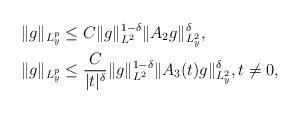
LaTeX: \begin{align*} &\| g\|_{L^p_y}\le C \|g\|_{L^2}^{1-\delta}\|A_2 g\|_{L^2_y}^\delta,\\&\| g\|_{L^p_y}\le \frac{C}{|t|^{\delta}} \|g\|_{L^2}^{1-\delta}\|A_3(t) g\|_{L^2_y}^\delta,t\not =0, \end{align*}